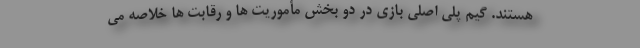
هستند. گیم پلی اصلی بازی در دو بخش مأموریت ها و رقابت ها خلاصه می